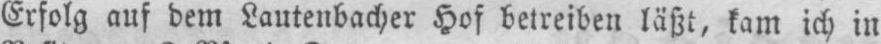
Erfolg auf dem Lautenbacher Hof betreiben läßt, kam ich in